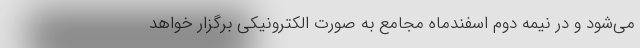
می‌شود و در نیمه دوم اسفندماه مجامع به صورت الکترونیکی برگزار خواهد